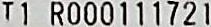
T1 R000111721